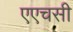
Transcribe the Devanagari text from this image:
एएचसी